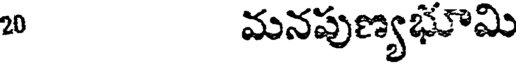
20 మనపుణ్యభూమి